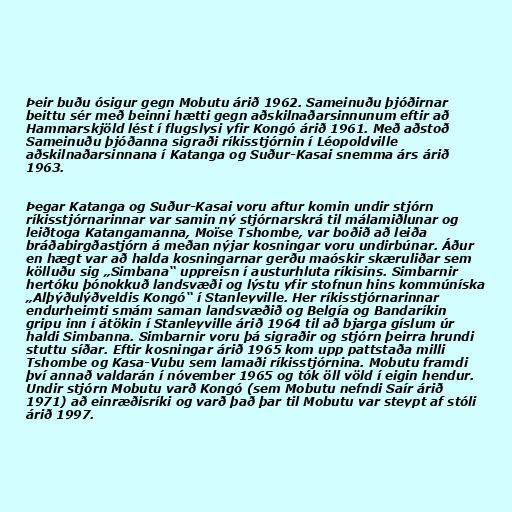
Þeir buðu ósigur gegn Mobutu árið 1962. Sameinuðu þjóðirnar
beittu sér með beinni hætti gegn aðskilnaðarsinnunum eftir að
Hammarskjöld lést í flugslysi yfir Kongó árið 1961. Með aðstoð
Sameinuðu þjóðanna sigraði ríkisstjórnin í Léopoldville
aðskilnaðarsinnana í Katanga og Suður-Kasai snemma árs árið
1963.

Þegar Katanga og Suður-Kasai voru aftur komin undir stjórn
ríkisstjórnarinnar var samin ný stjórnarskrá til málamiðlunar og
leiðtoga Katangamanna, Moïse Tshombe, var boðið að leiða
bráðabirgðastjórn á meðan nýjar kosningar voru undirbúnar. Áður
en hægt var að halda kosningarnar gerðu maóskir skæruliðar sem
kölluðu sig „Simbana“ uppreisn í austurhluta ríkisins. Simbarnir
hertóku þónokkuð landsvæði og lýstu yfir stofnun hins kommúníska
„Alþýðulýðveldis Kongó“ í Stanleyville. Her ríkisstjórnarinnar
endurheimti smám saman landsvæðið og Belgía og Bandaríkin
gripu inn í átökin í Stanleyville árið 1964 til að bjarga gíslum úr
haldi Simbanna. Simbarnir voru þá sigraðir og stjórn þeirra hrundi
stuttu síðar. Eftir kosningar árið 1965 kom upp pattstaða milli
Tshombe og Kasa-Vubu sem lamaði ríkisstjórnina. Mobutu framdi
því annað valdarán í nóvember 1965 og tók öll völd í eigin hendur.
Undir stjórn Mobutu varð Kongó (sem Mobutu nefndi Saír árið
1971) að einræðisríki og varð það þar til Mobutu var steypt af stóli
árið 1997.